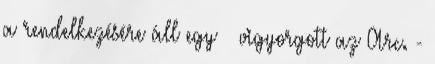
a rendelkezésére áll egy – vigyorgott az Arc. -